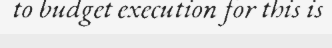
to budget execution for this is